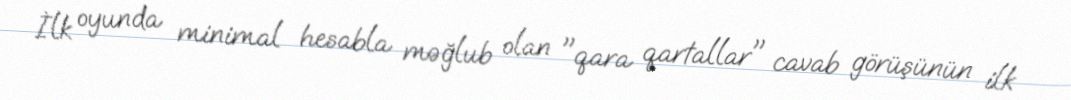
İlk oyunda minimal hesabla məğlub olan "qara qartallar" cavab görüşünün ilk